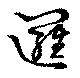
邏